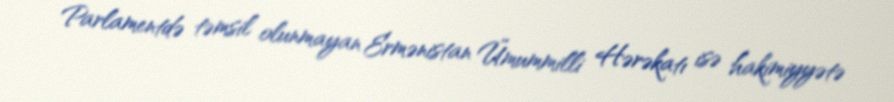
Parlamentdə təmsil olunmayan Ermənistan Ümummilli Hərəkatı isə hakimiyyətə